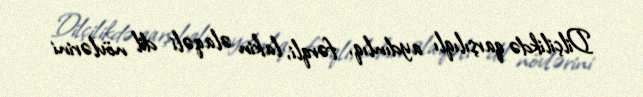
Dilçilikdə qarşılıqlı aydınlıq, fərqli, lakin əlaqəli dil növlərini